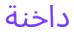
داخنة